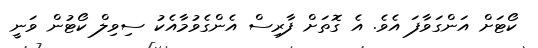
ކޯޓަށް އަންގަވާފަ އެވެ. އެ ގޮތަށް ފާރިސް އެންގެވުމާއެކު ސިވިލް ކޯޓުން ވަނީ